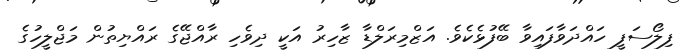
ފިލޯސަފީ ހައްދަވާފައިވާ ބޭފުޅެކެވެ. އަޒްމިރަލްޑާ ޒާހިރު އަކީ ދިވެހި ރާއްޖޭގެ ރައްޔިތުން މަޖްލީހުގެ